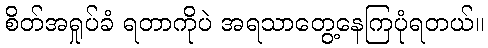
စိတ်အရှုပ်ခံ ရတာကိုပဲ အရသာတွေ့နေကြပုံရတယ်။